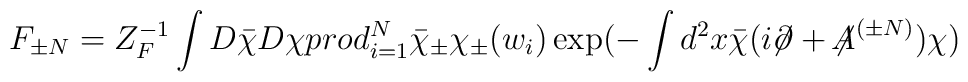
F_{\pm N} = Z_F^{-1} \int D\bar\chi D\chi\\prod_{i = 1}^N \bar \chi_\pm \chi_\pm(w_i)\exp(-\int d^2x \bar \chi  (i\!\!\not\!\partial  +{\not\!\! A}^{(\pm N)})\chi )